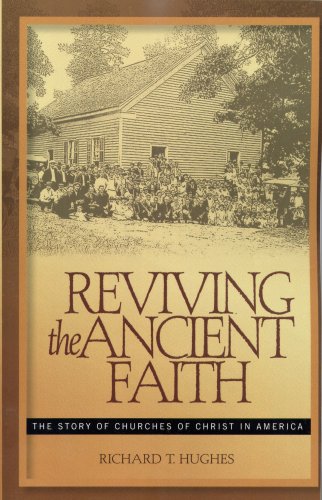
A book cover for Reviving the Ancient Faith: The Story of Churches of Christ in America; Richard T. Hughes; Christian Books & Bibles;